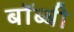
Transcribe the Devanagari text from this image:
बॉब्बी